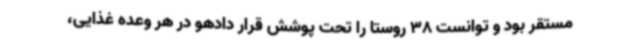
مستقر بود و توانست 38 روستا را تحت پوشش قرار دادهو در هر وعده غذایی،